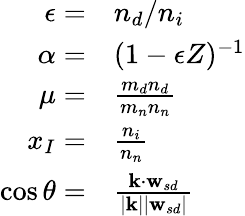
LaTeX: \begin{array}{rl}{\epsilon=}&{{n_{d}}/{n_{i}}}\\ {\alpha=}&{(1-\epsilon Z)^{-1}}\\ {\mu=}&{\frac{m_{d}{n_{d}}}{m_{n}{n_{n}}}}\\ {x_{I}=}&{\frac{{n_{i}}}{{n_{n}}}}\\ {\cos\theta=}&{\frac{\mathbf{k}\cdot\mathbf{w}_{sd}}{|\mathbf{k}||\mathbf{w}_{sd}|}}\end{array}